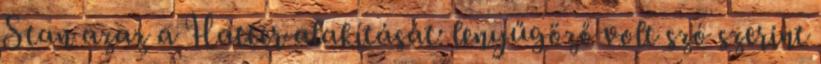
Stan azaz a Hatter alakítását: lenyűgöző volt szó szerint